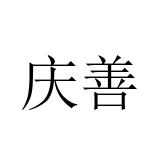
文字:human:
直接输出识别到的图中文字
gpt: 庆善